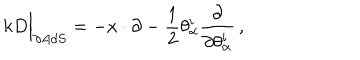
LaTeX: k D \Big \vert _ { \partial A d S } = - x \cdot \partial - \frac { 1 } { 2 } \theta _ { \alpha } ^ { i } \frac { \partial } { \partial \theta _ { \alpha } ^ { i } } \, ,